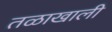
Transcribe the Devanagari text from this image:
तळाखाली